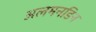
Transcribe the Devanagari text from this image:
अलमनडिन